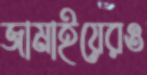
জামাইয়েরও